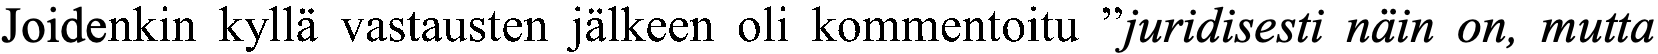
Joidenkin kyllä vastausten jälkeen oli kommentoitu ”juridisesti näin on, mutta